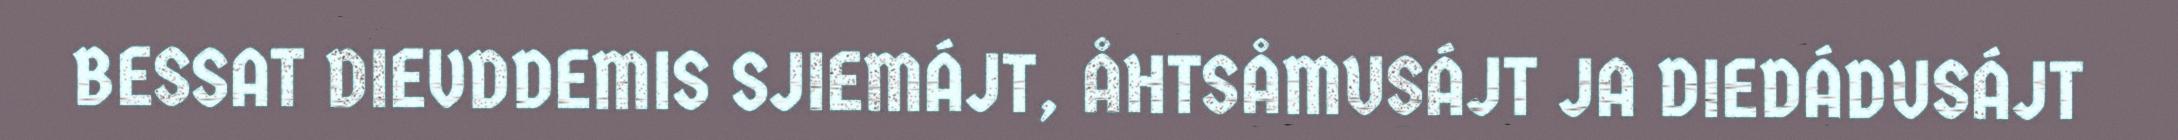
BESSAT DIEVDDEMIS SJIEMÁJT, ÅHTSÅMUSÁJT JA DIEDÁDUSÁJT